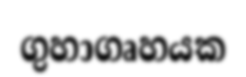
ගුහාගෘහයක